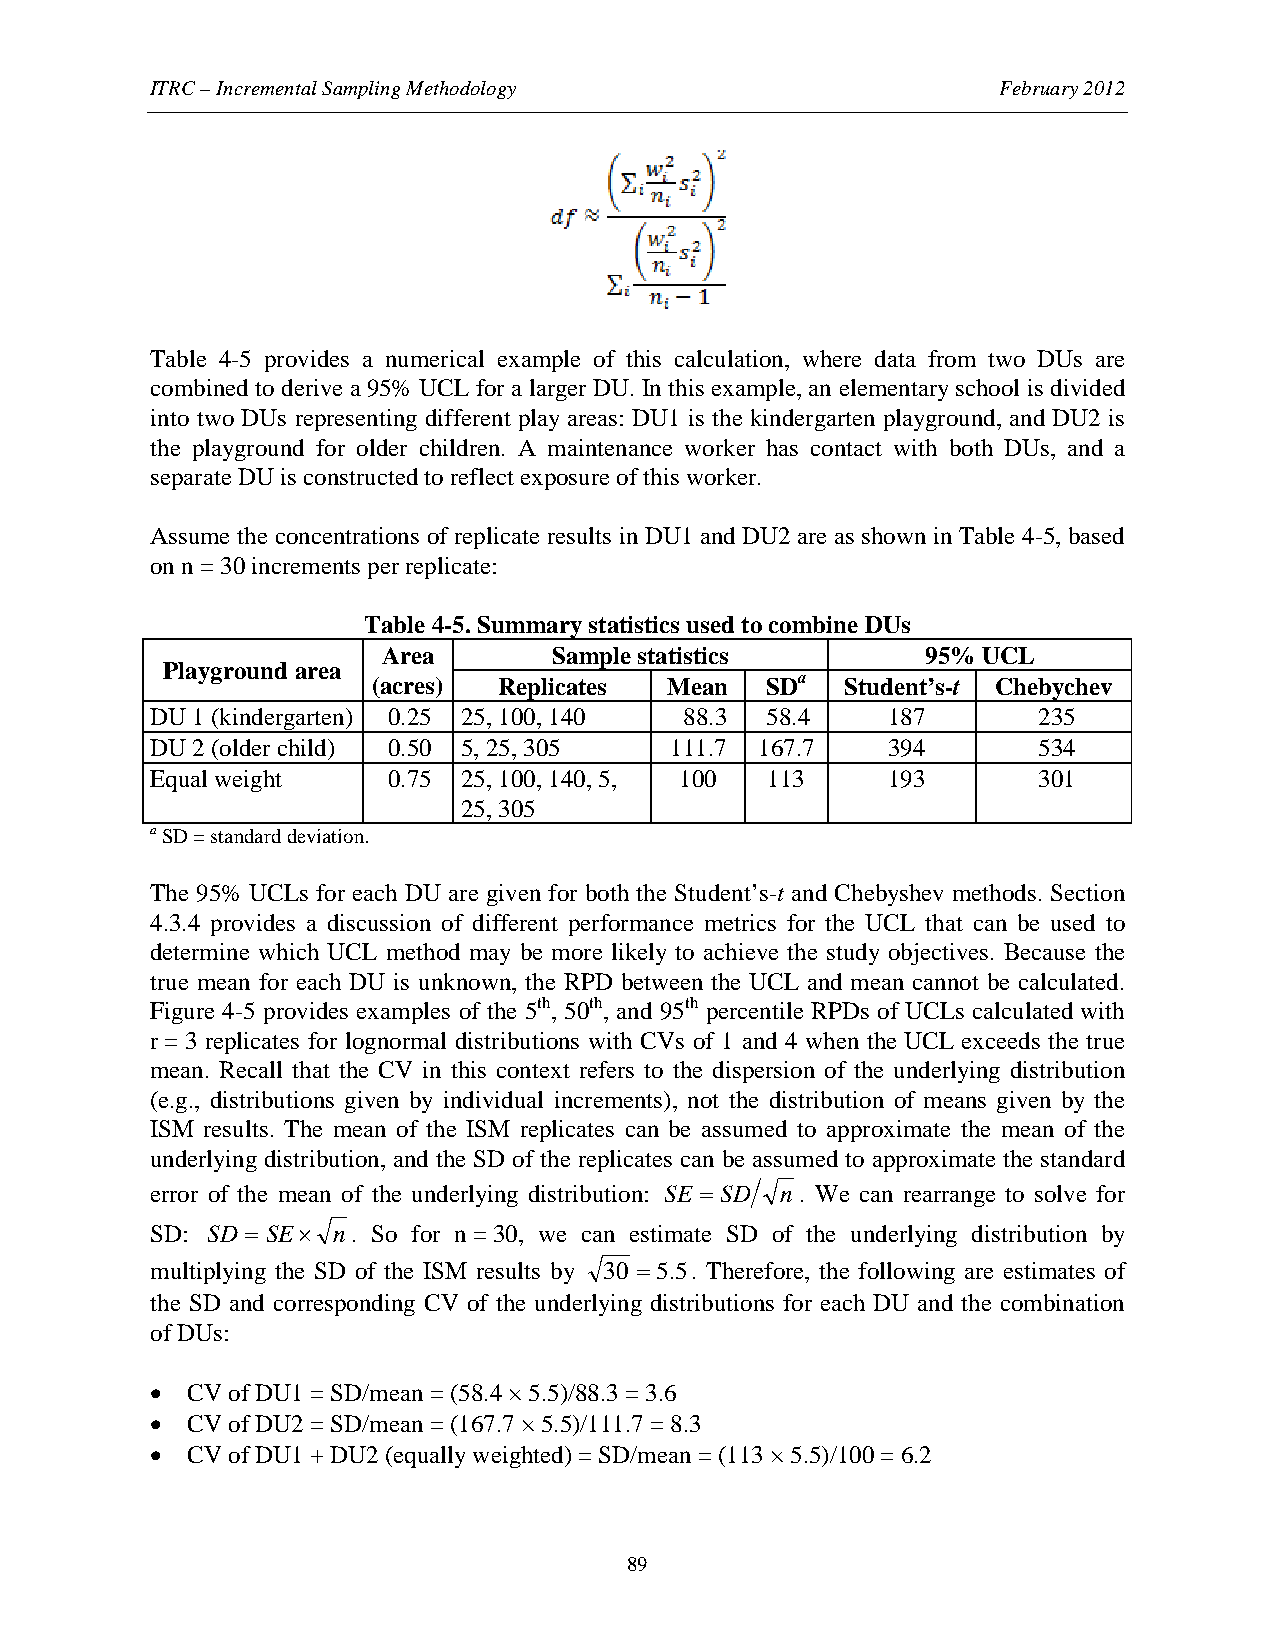
ITRC – Incremental Sampling Methodology                 February 2012
 Table 4-5 provides a numerical example of this calculation, where data from two DUs are
 combined to derive a 95% UCL for a larger DU. In this example, an elementary school is divided
 into two DUs representing different play areas: DU1 is the kindergarten playground, and DU2 is
 the playground for older children. A maintenance worker has contact with both DUs, and a
 separate DU is constructed to reflect exposure of this worker.
 Assume the concentrations of replicate results in DU1 and DU2 are as shown in Table 4-5, based
 on n = 30 increments per replicate:
 Table 4-5. Summary statistics used to combine DUs
 Area        Sample statistics       95% UCL
 Playground area
 (acres) Replicates Mean   SDa  Student’s-t Chebychev
 DU 1 (kindergarten) 0.25 25, 100, 140 88.3 58.4  187       235
 DU 2 (older child) 0.50 5, 25, 305 111.7 167.7   394       534
 Equal weight    0.75 25, 100, 140, 5, 100 113    193       301
 25, 305
 a SD = standard deviation.
 The 95% UCLs for each DU are given for both the Student’s-t and Chebyshev methods. Section
 4.3.4 provides a discussion of different performance metrics for the UCL that can be used to
 determine which UCL method may be more likely to achieve the study objectives. Because the
 true mean for each DU is unknown, the RPD between the UCL and mean cannot be calculated.
 Figure 4-5 provides examples of the 5th, 50th, and 95th percentile RPDs of UCLs calculated with
 r = 3 replicates for lognormal distributions with CVs of 1 and 4 when the UCL exceeds the true
 mean. Recall that the CV in this context refers to the dispersion of the underlying distribution
 (e.g., distributions given by individual increments), not the distribution of means given by the
 ISM results. The mean of the ISM replicates can be assumed to approximate the mean of the
 underlying distribution, and the SD of the replicates can be assumed to approximate the standard
 error of the mean of the underlying distribution: SE = SD n . We can rearrange to solve for
 SD: SD = SE× n. So for n = 30, we can estimate SD of the underlying distribution by
 multiplying the SD of the ISM results by 30 =5.5. Therefore, the following are estimates of
 the SD and corresponding CV of the underlying distributions for each DU and the combination
 of DUs:
 • CV of DU1 = SD/mean = (58.4 × 5.5)/88.3 = 3.6
 • CV of DU2 = SD/mean = (167.7 × 5.5)/111.7 = 8.3
 • CV of DU1 + DU2 (equally weighted) = SD/mean = (113 × 5.5)/100 = 6.2
 89